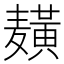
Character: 𱋫